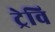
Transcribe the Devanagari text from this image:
ट्रेवि